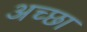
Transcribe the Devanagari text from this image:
अच्छा